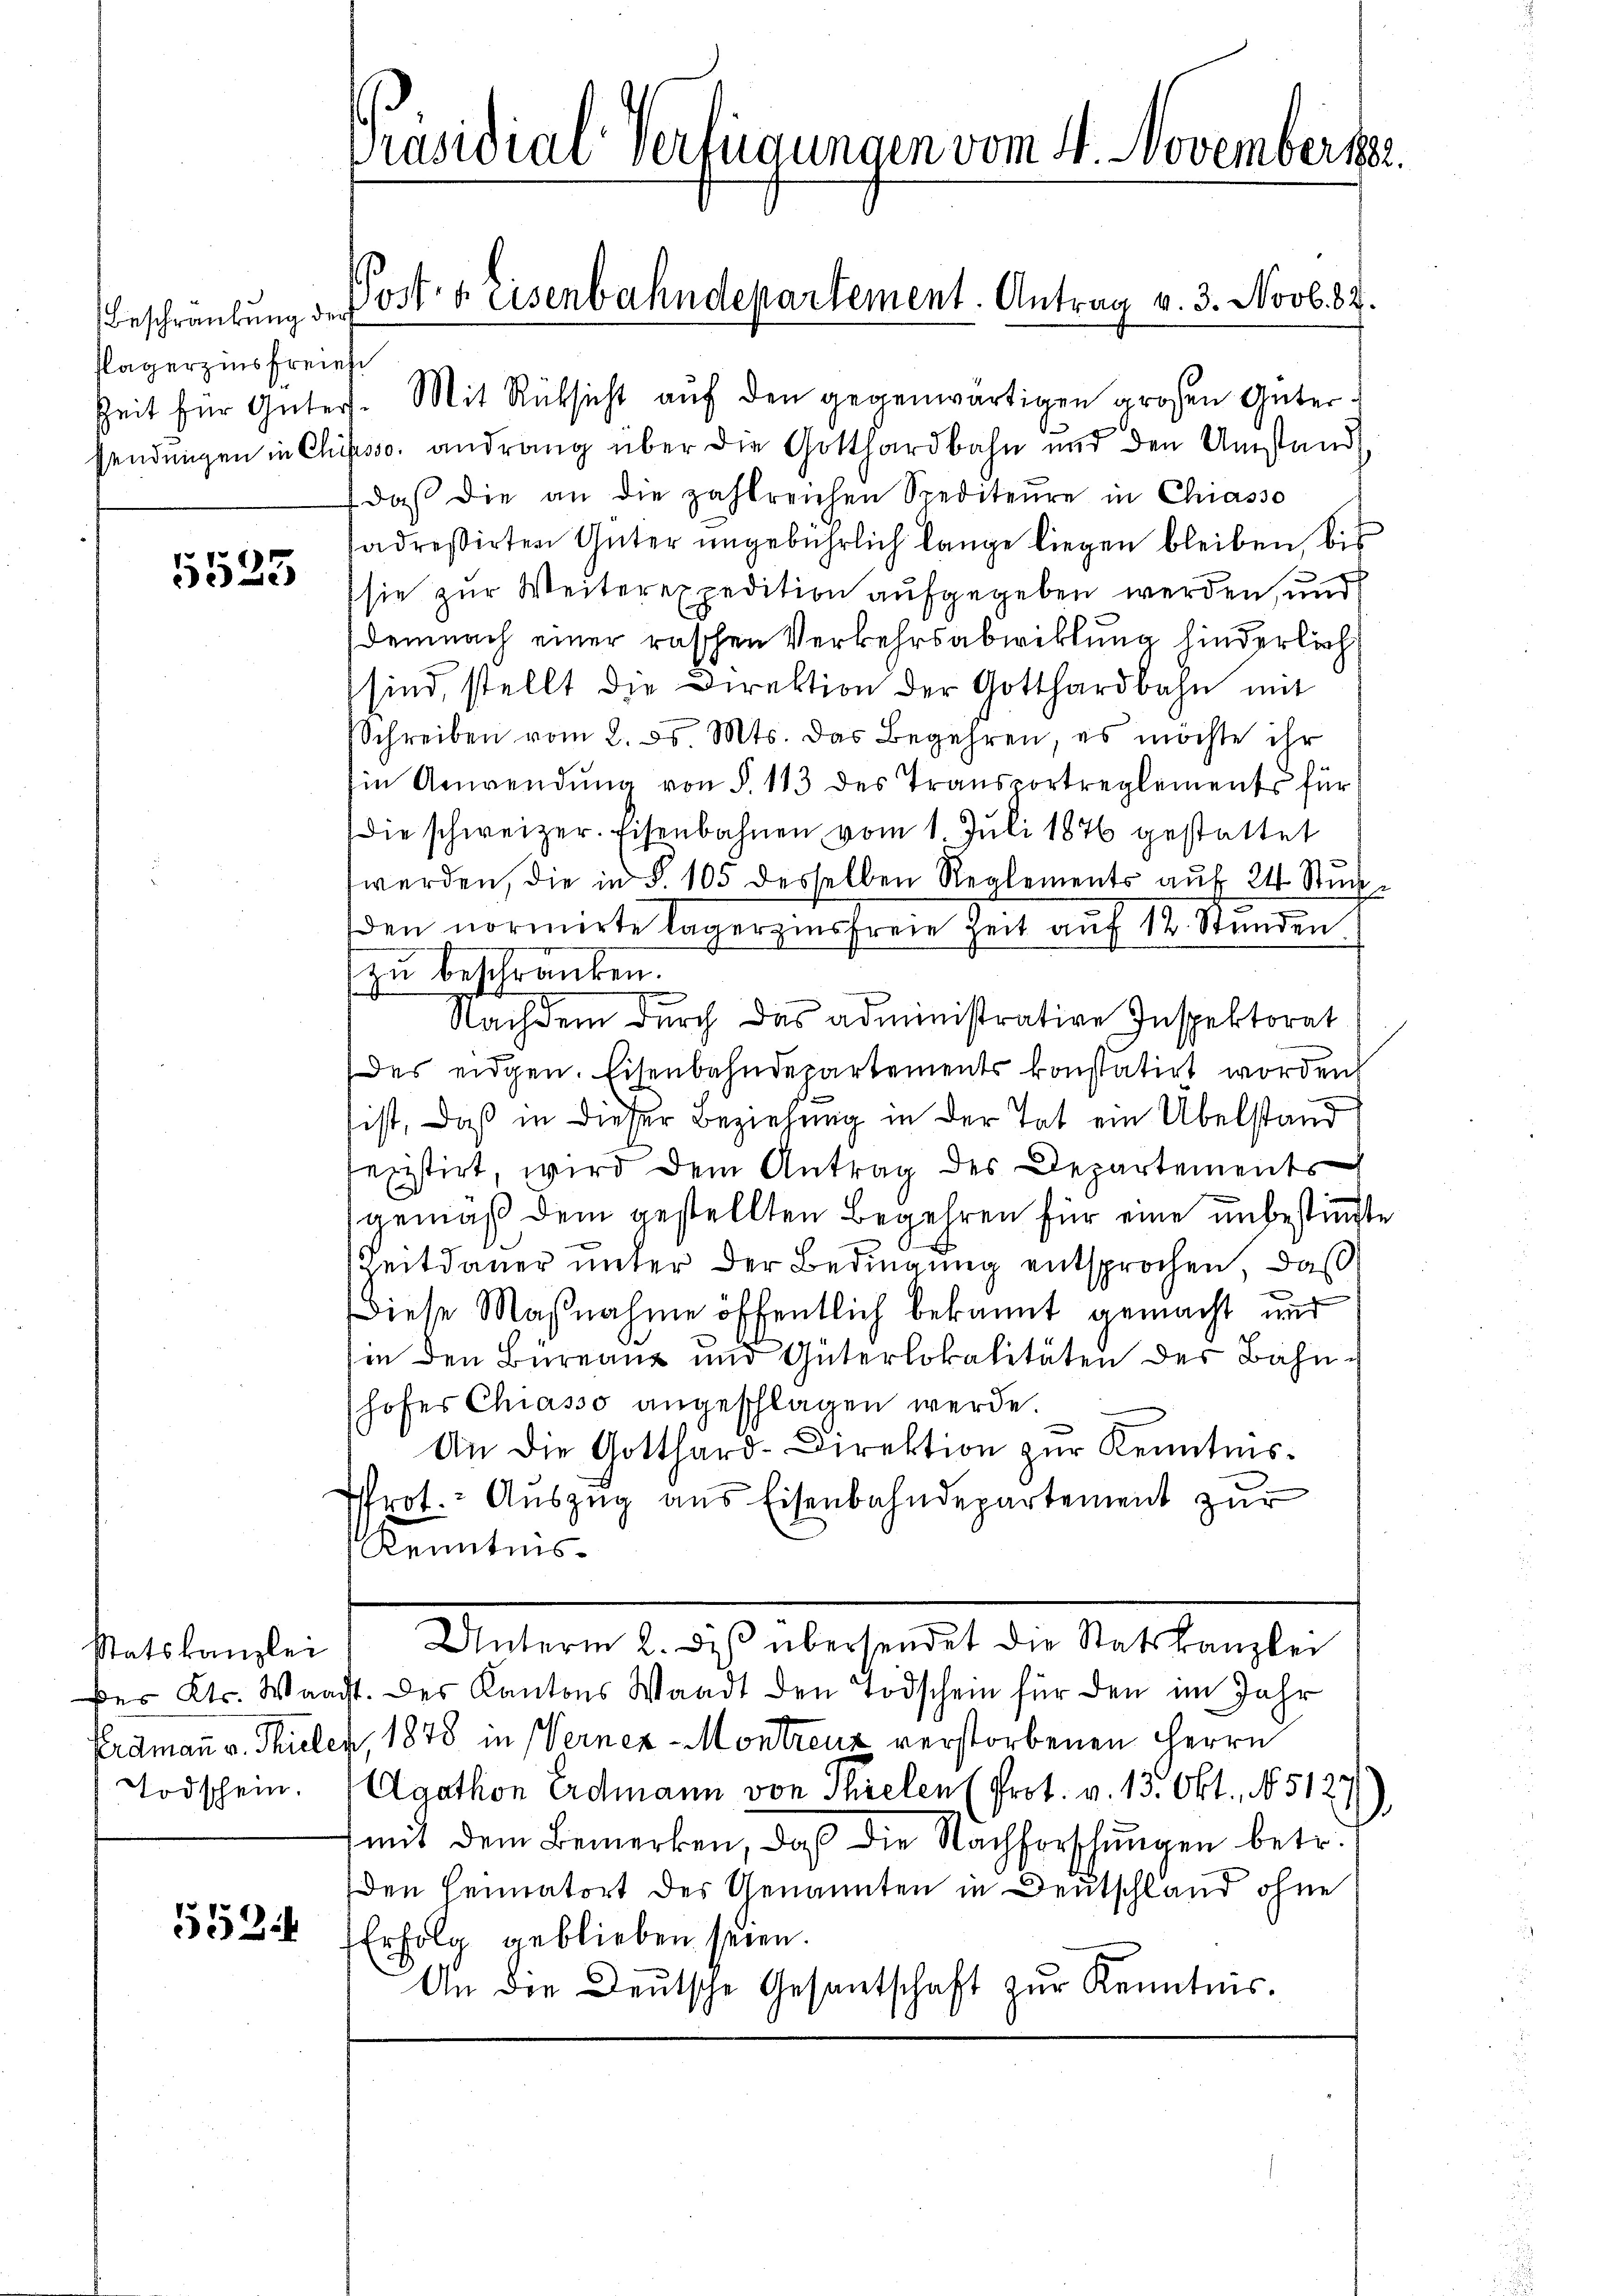
Beschränkung der
Plagerzinsfreie

5533

Todschein.

552.

Präsidial-Verfügungen vom 4. Novembertr

Zeit für Güter. Mit Rüksicht auf den gegenwärtigen großen Gütersendungen in Chasso, andrang über die Gotthardbahn und den Umstand
 daβ die an die zahlreichen Spediteure in Chiasso
sadreßirten Güter ŭngebührlich lange liegen bleiben bis
sie zur Weiterexpedition aufgegeben werden, und
Demnach einer raschen Verkehrsabwicklung hinderlich
sind, stellt die Direktion der Gotthardbahn mit
Schreiben vom 2. ds. Mts. das Begehren, es möchte ihr
Ein Anwendŭng von §. 113 des Transportreglements für
die schweizer. Eisenbahnen vom 1. Jŭli 1876 gestattet
werden, die in §. 105 desselben Reglements auf 24 Stuch
den normirte Lagerzinsfreie Zeit auf 12 Stunden
zu beschränken.
Nachdem durch das administrative Inspektorat
des eidgen. Eisenbahndepartements konstatirt worden
ist, daß in dieser Beziehung in der Tat ein Übelstand
sexistirt, wird dem Antrag des Departements
gemäß dem gestellten Begehren für eine unbestimmt
Zeitdauer unter der Bedingung entsprochen, daß
Diese Maßnahme öffentlich bekannt gemacht und
hin den Bureaux und Güterlokalitäten der Bahnhofes Chiasso angeschlagen werde
An die Gotthard-Direktion zur Kenntnis¬
Wrot. Auszug aus Eisenbahndepartement zur
Kenntnis
statskanzlei Unterm 2. des übersendet die Statskanzlei
des Kts. Waadt. des Kantons Waadt den Todschein für den im Jahr
Perdmann v. Spieler, 1878 in Verner-Montreux verstorbenen Herrn
Agathon Erdmann von Thielen (Prot. v. 13. Okt. 15127
mit dem Bemerken, daß die Nachforschungen betr.
den Heimatort des Genannten in Deutschland ohne
Erfolg geblieben seien.
An die Deutsche Gesantschaft zur Kenntnis.

Porf. v. Eisenbahndepartement. Antrag v. 3. Novb. 87.